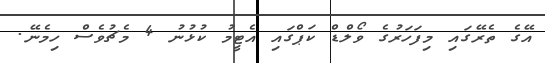
އޭގެ ތެރޭގައި މިފަހަރުގެ ވޯލްޑް ކަޕްގައި އެޓީމު ކުޅުނު 4 މެޗުވެސް ހިމެނޭ.